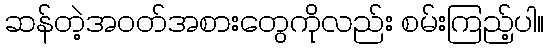
ဆန်တဲ့အဝတ်အစားတွေကိုလည်း စမ်းကြည့်ပါ။